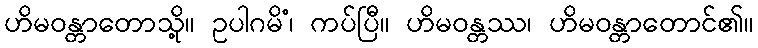
ဟိမဝန္တာတောသို့။ ဥပါဂမိံ၊ ကပ်ပြီ။ ဟိမဝန္တဿ၊ ဟိမဝန္တာတောင်၏။